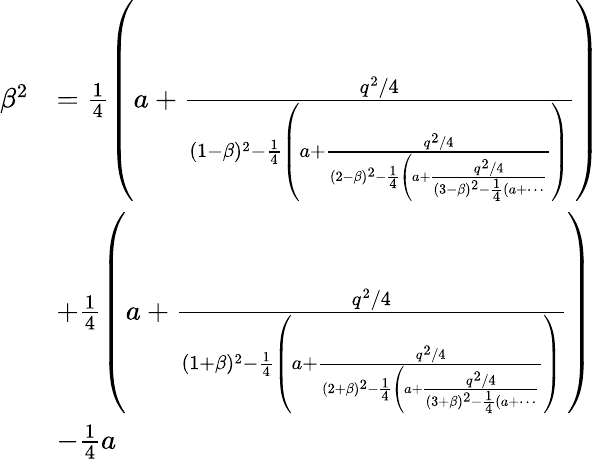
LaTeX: \begin{array}{rl}{\beta^{2}}&{=\frac{1}{4}\left(a+\frac{q^{2}/4}{(1-\beta)^{2}-\frac{1}{4}\left(a+\frac{q^{2}/4}{(2-\beta)^{2}-\frac{1}{4}\left(a+\frac{q^{2}/4}{(3-\beta)^{2}-\frac{1}{4}(a+\dotsi}\right.}\right)}\right)}\\ &{+\frac{1}{4}\left(a+\frac{q^{2}/4}{(1+\beta)^{2}-\frac{1}{4}\left(a+\frac{q^{2}/4}{(2+\beta)^{2}-\frac{1}{4}\left(a+\frac{q^{2}/4}{(3+\beta)^{2}-\frac{1}{4}(a+\dotsi}\right.}\right)}\right)}\\ &{-\frac{1}{4}a}\end{array}